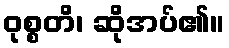
ဝုစ္စတိ၊ ဆိုအပ်၏။